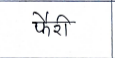
मजकूर: फैरी